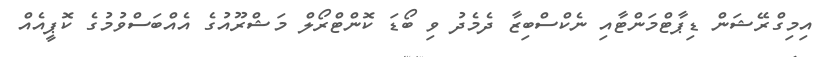
އިމިގްރޭޝަން ޑިޕާޓްމަންޓާއި ނެކްސްބިޒާ ދެމެދު ވި ބޯޑަ ކޮންޓްރޯލް މަޝްރޫއުގެ އެއްބަސްވުމުގެ ކޮޕީއެއް